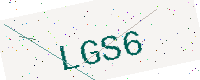
Text: LGS6